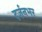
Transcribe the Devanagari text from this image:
दर्ज़नभर